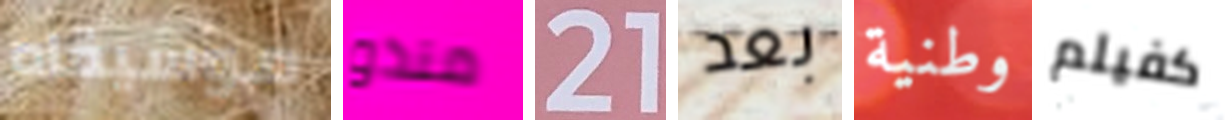
موسيقاه منذو 21 بعد وطنية كفيلم